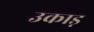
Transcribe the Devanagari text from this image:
उकाड़